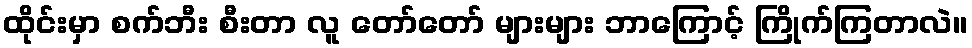
ထိုင်းမှာ စက်ဘီး စီးတာ လူ တော်တော် များများ ဘာကြောင့် ကြိုက်ကြတာလဲ။